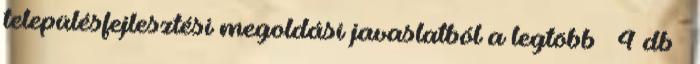
településfejlesztési megoldási javaslatból a legtöbb – 4 db –